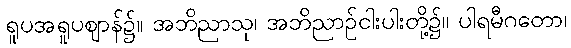
ရူပအရူပဈာန်၌။ အဘိညာသု၊ အဘိညာဉ်ငါးပါးတို့၌။ ပါရမီဂတော၊